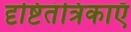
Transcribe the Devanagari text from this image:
दृष्टितंत्रिकाएँ